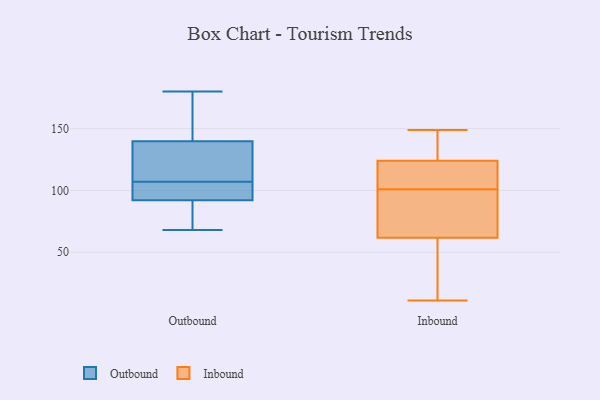
{"axis": {"x": "Market Share (%)", "y": "Value"}, "legend": ["Inbound", "Outbound"], "data": [{"x": "", "y": 180, "type": "Outbound"}, {"x": "", "y": 73, "type": "Outbound"}, {"x": "", "y": 112, "type": "Outbound"}, {"x": "", "y": 172, "type": "Outbound"}, {"x": "", "y": 91, "type": "Outbound"}, {"x": "", "y": 107, "type": "Outbound"}, {"x": "", "y": 148, "type": "Outbound"}, {"x": "", "y": 95, "type": "Outbound"}, {"x": "", "y": 68, "type": "Outbound"}, {"x": "", "y": 115, "type": "Outbound"}, {"x": "", "y": 103, "type": "Outbound"}, {"x": "", "y": 124, "type": "Inbound"}, {"x": "", "y": 101, "type": "Inbound"}, {"x": "", "y": 114, "type": "Inbound"}, {"x": "", "y": 78, "type": "Inbound"}, {"x": "", "y": 96, "type": "Inbound"}, {"x": "", "y": 139, "type": "Inbound"}, {"x": "", "y": 30, "type": "Inbound"}, {"x": "", "y": 120, "type": "Inbound"}, {"x": "", "y": 149, "type": "Inbound"}, {"x": "", "y": 11, "type": "Inbound"}, {"x": "", "y": 144, "type": "Inbound"}, {"x": "", "y": 73, "type": "Inbound"}, {"x": "", "y": 124, "type": "Inbound"}, {"x": "", "y": 58, "type": "Inbound"}, {"x": "", "y": 57, "type": "Inbound"}]}